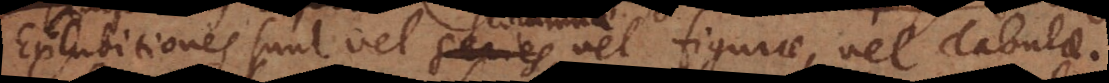
Exhibitiones sunt vel series,, vel figurae, vel Tabulae.